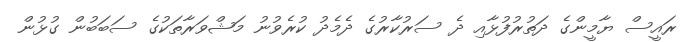
ރައީސް ޔާމީންގެ ދަތުރުފުޅާއި ދެ ސަރުކާރުގެ ދެމެދު ކުރެވުނު މަޝްވަރާތަކުގެ ސަބަބުން ގުޅުން